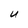
Character: U